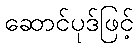
ဆောင်ပုဒ်ဖြင့်